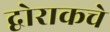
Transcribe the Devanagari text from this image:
द्वोराकचे